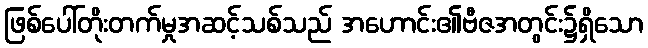
ဖြစ်ပေါ်တိုးတက်မှုအဆင့်သစ်သည် အဟောင်း၏ဗီဇအတွင်း၌ရှိသော